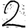
Digit: 2